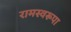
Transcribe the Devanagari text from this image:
रामस्वरूपा